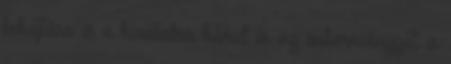
behajtása is a hivatalra hárul és az önkormányzat a